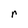
Character: r